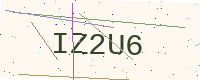
Text: IZ2U6